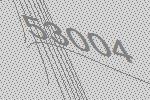
53004